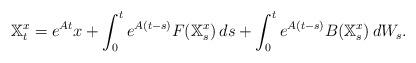
LaTeX: \begin{align*}\mathbb{X}^x_t =e^{ A t } x+\int_0^te^{ A (t - s) }F( \mathbb{X}^x_s )\,ds+\int_0^te^{ A (t - s) }B( \mathbb{X}^x_s )\,dW_s.\end{align*}